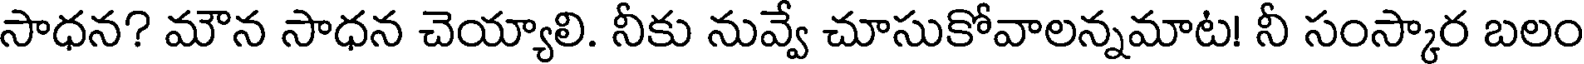
సాధన? మౌన సాధన చెయ్యాలి. నీకు నువ్వే చూసుకోవాలన్నమాట! నీ సంస్కార బలం